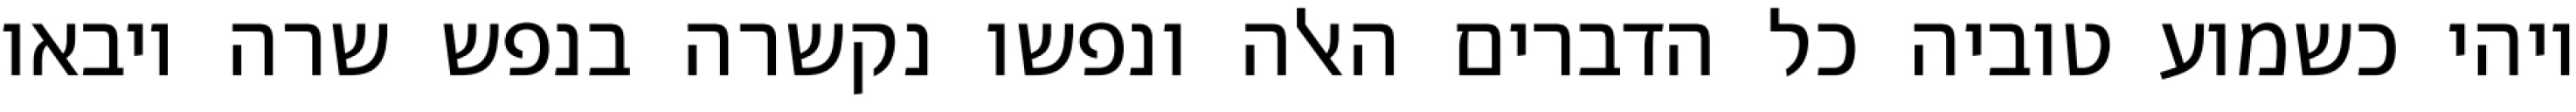
ויהי כשמוע טוביה כל הדברים האלה ונפשו נקשרה בנפש שרה ויבאו